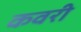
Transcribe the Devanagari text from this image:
कवरी